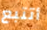
أتتبع